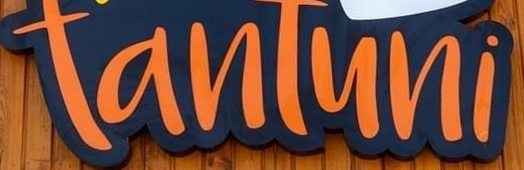
Tantuni